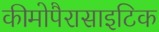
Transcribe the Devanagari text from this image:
कीमोपैरासाइटिक